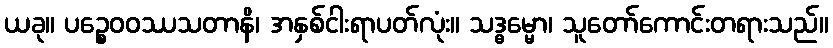
ယခု။ ပဉ္စေဝဝဿသတာနိ၊ အနှစ်ငါးရာပတ်လုံး။ သဒ္ဓမ္မော၊ သူတော်ကောင်းတရားသည်။